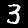
Digit: 3